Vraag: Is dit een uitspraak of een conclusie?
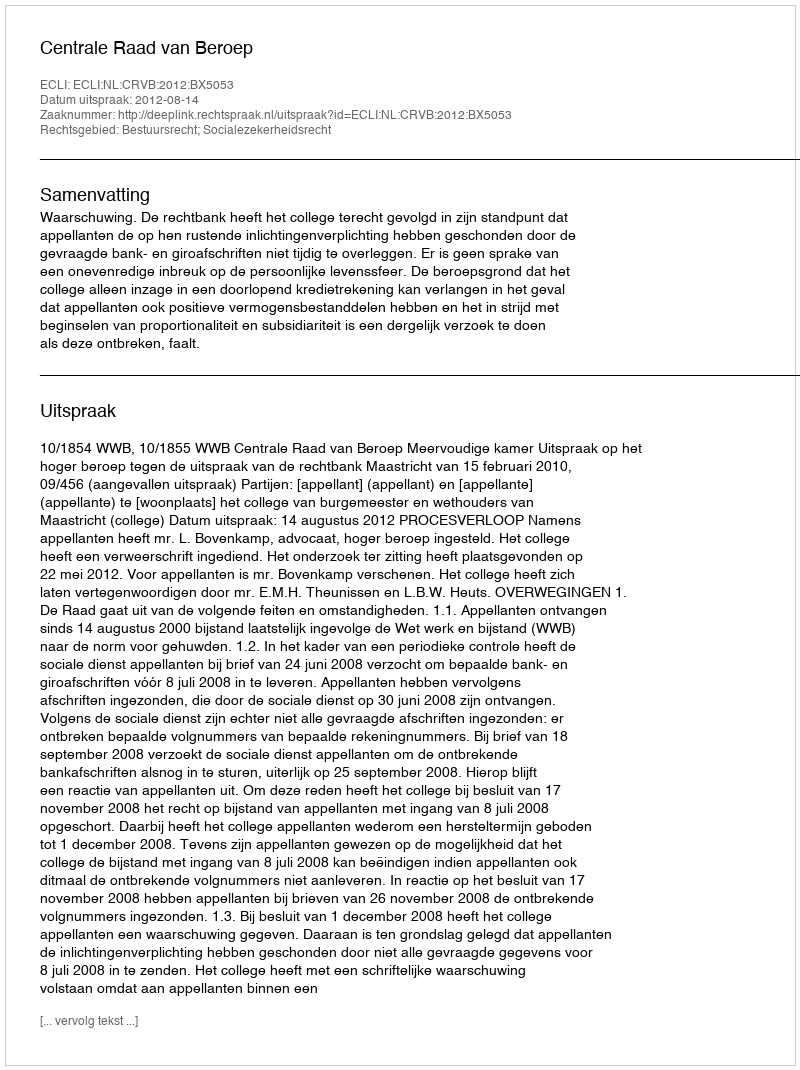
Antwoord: Uitspraak